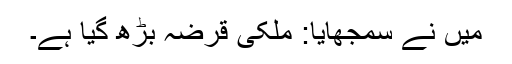
میں نے سمجھایا: ملکی قرضہ بڑھ گیا ہے۔